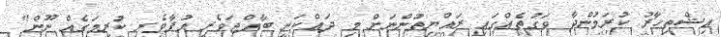
އިޝްތިހާރު ކުރަމުންދާ ވަގުތެއްގައި ރައްޔިތުންނަށް މި ދައްކަނީ ބާއްޖަވެރި އުފާވެރި ކުރިމަގެއް ނޫން"